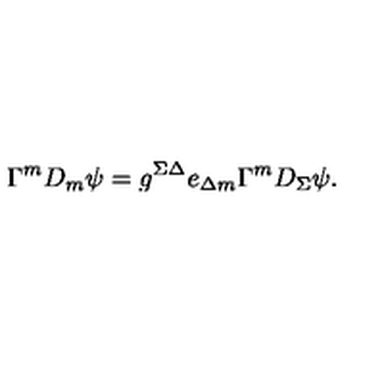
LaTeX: \Gamma ^ { m } D _ { m } \psi = g ^ { \Sigma \Delta } e _ { \Delta m } \Gamma ^ { m } D _ { \Sigma } \psi .